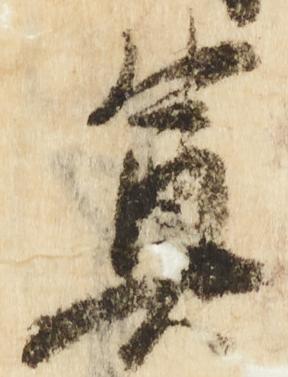
奠